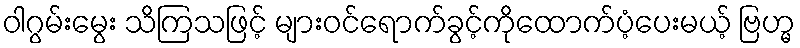
ဝါဂွမ်းမွေး သိကြသဖြင့် များဝင်ရောက်ခွင့်ကိုထောက်ပံ့ပေးမယ့် ဗြဟ္မ